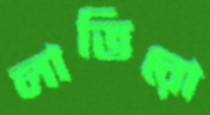
লাভিরো